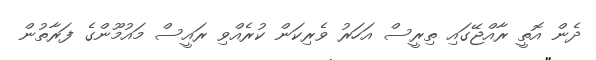
ދެން އޮތީ ރާއްޖޭގައި ތިރީސް އަހަރު ވެރިކަން ކުރެއްވި ރައީސް މައުމޫންގެ ފަރާތުން